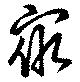
衆